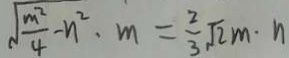
\sqrt { \frac { m ^ { 2 } } { 4 } } - n ^ { 2 } \cdot m = \frac { 2 } { 3 } \sqrt { 2 } m \cdot n